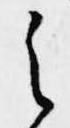
之